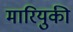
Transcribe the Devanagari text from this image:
मारियुकी